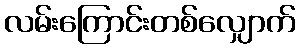
လမ်းကြောင်းတစ်လျှောက်